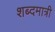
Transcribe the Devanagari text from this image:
शब्दमात्री